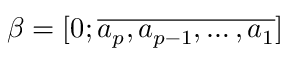
\beta = [ 0 ; \overline { { a _ { p } , a _ { p - 1 } , \ldots , a _ { 1 } } } ]